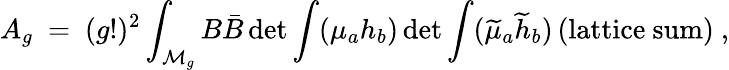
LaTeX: A_{g}~=~(g!)^{2}\int_{{\cal M}_{g}}B\bar{B}\operatorname*{det}{\int({\mu_{a}}h_{b}})\operatorname*{det}{\int(\widetilde{\mu}_{a}\widetilde{h}_{b})}\, (\mathrm{{lattice~sum}})~,